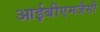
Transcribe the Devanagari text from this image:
आईबीएमजैसी